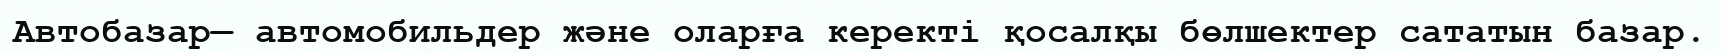
Автобазар— автомобильдер және оларға керекті қосалқы бөлшектер сататын базар.